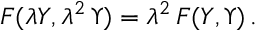
F ( \lambda Y , \lambda ^ { 2 } \, \Upsilon ) = \lambda ^ { 2 } \, F ( Y , \Upsilon ) \, .